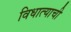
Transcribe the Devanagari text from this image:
विधात्याची